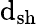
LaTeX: \mathrm{d}_{\mathrm{{sh}}}